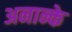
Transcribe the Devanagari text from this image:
अनान्के